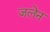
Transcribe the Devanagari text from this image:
जलेन